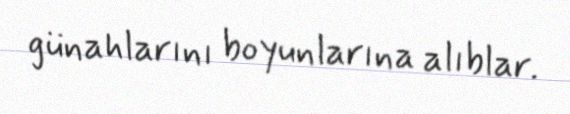
günahlarını boyunlarına alıblar.